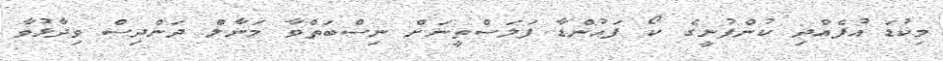
މިކުޑަ އުފެއްދި ކުންފުނީގެ ކޯ ފައުންޑާ ފަލަސްތީނަށް ނިސްބަތްވާ މަނާލް ދަންދިސް ވިދާޅުވާ